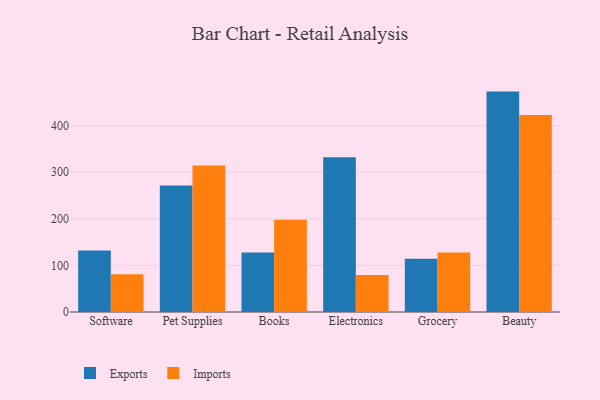
{"axis": {"x": "Category", "y": "Backlog"}, "legend": ["Exports", "Imports"], "data": [{"x": "Software", "y": 132.3, "type": "Exports"}, {"x": "Software", "y": 81.2, "type": "Imports"}, {"x": "Pet Supplies", "y": 271.4, "type": "Exports"}, {"x": "Pet Supplies", "y": 314.4, "type": "Imports"}, {"x": "Books", "y": 127.6, "type": "Exports"}, {"x": "Books", "y": 197.9, "type": "Imports"}, {"x": "Electronics", "y": 332.2, "type": "Exports"}, {"x": "Electronics", "y": 79.4, "type": "Imports"}, {"x": "Grocery", "y": 114.3, "type": "Exports"}, {"x": "Grocery", "y": 127.9, "type": "Imports"}, {"x": "Beauty", "y": 473.2, "type": "Exports"}, {"x": "Beauty", "y": 422.7, "type": "Imports"}]}